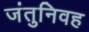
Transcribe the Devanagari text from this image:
जंतुनिवह